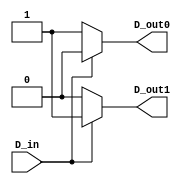
`timescale 1ns / 1ps
//////////////////////////////////////////////////////////////////////////////////
// Company: 
// Engineer: 
// 
// Design Name: 
// Module Name: Decoder
// Project Name: 
// Target Devices: 
// Tool Versions: 
// Description: 
// 
// Dependencies: 
// 
// Revision:
// Revision 0.01 - File Created
// Additional Comments:
// 
//////////////////////////////////////////////////////////////////////////////////


module Decoder(
    input D_in,
    output D_out0,
    output D_out1
    );
    reg D0, D1;
    
    always @(*)
        if(D_in)
            begin
            D0 <= 0;
            D1 <= 1;
            end
        else
            begin
            D0 <= 1;
            D1 <= 0;
            end

    assign D_out0 = D0;
    assign D_out1 = D1;

endmodule